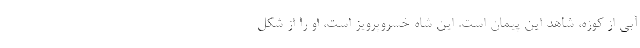
آبی از کوزه، شاهد این پیمان است. این شاه خسروپرویز است، او را از شکل